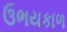
ઉભયકાળ